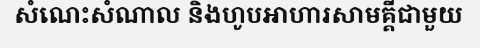
សំណេះសំណាល និងហូបអាហារសាមគ្គីជាមួយ